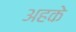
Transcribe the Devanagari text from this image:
अहके